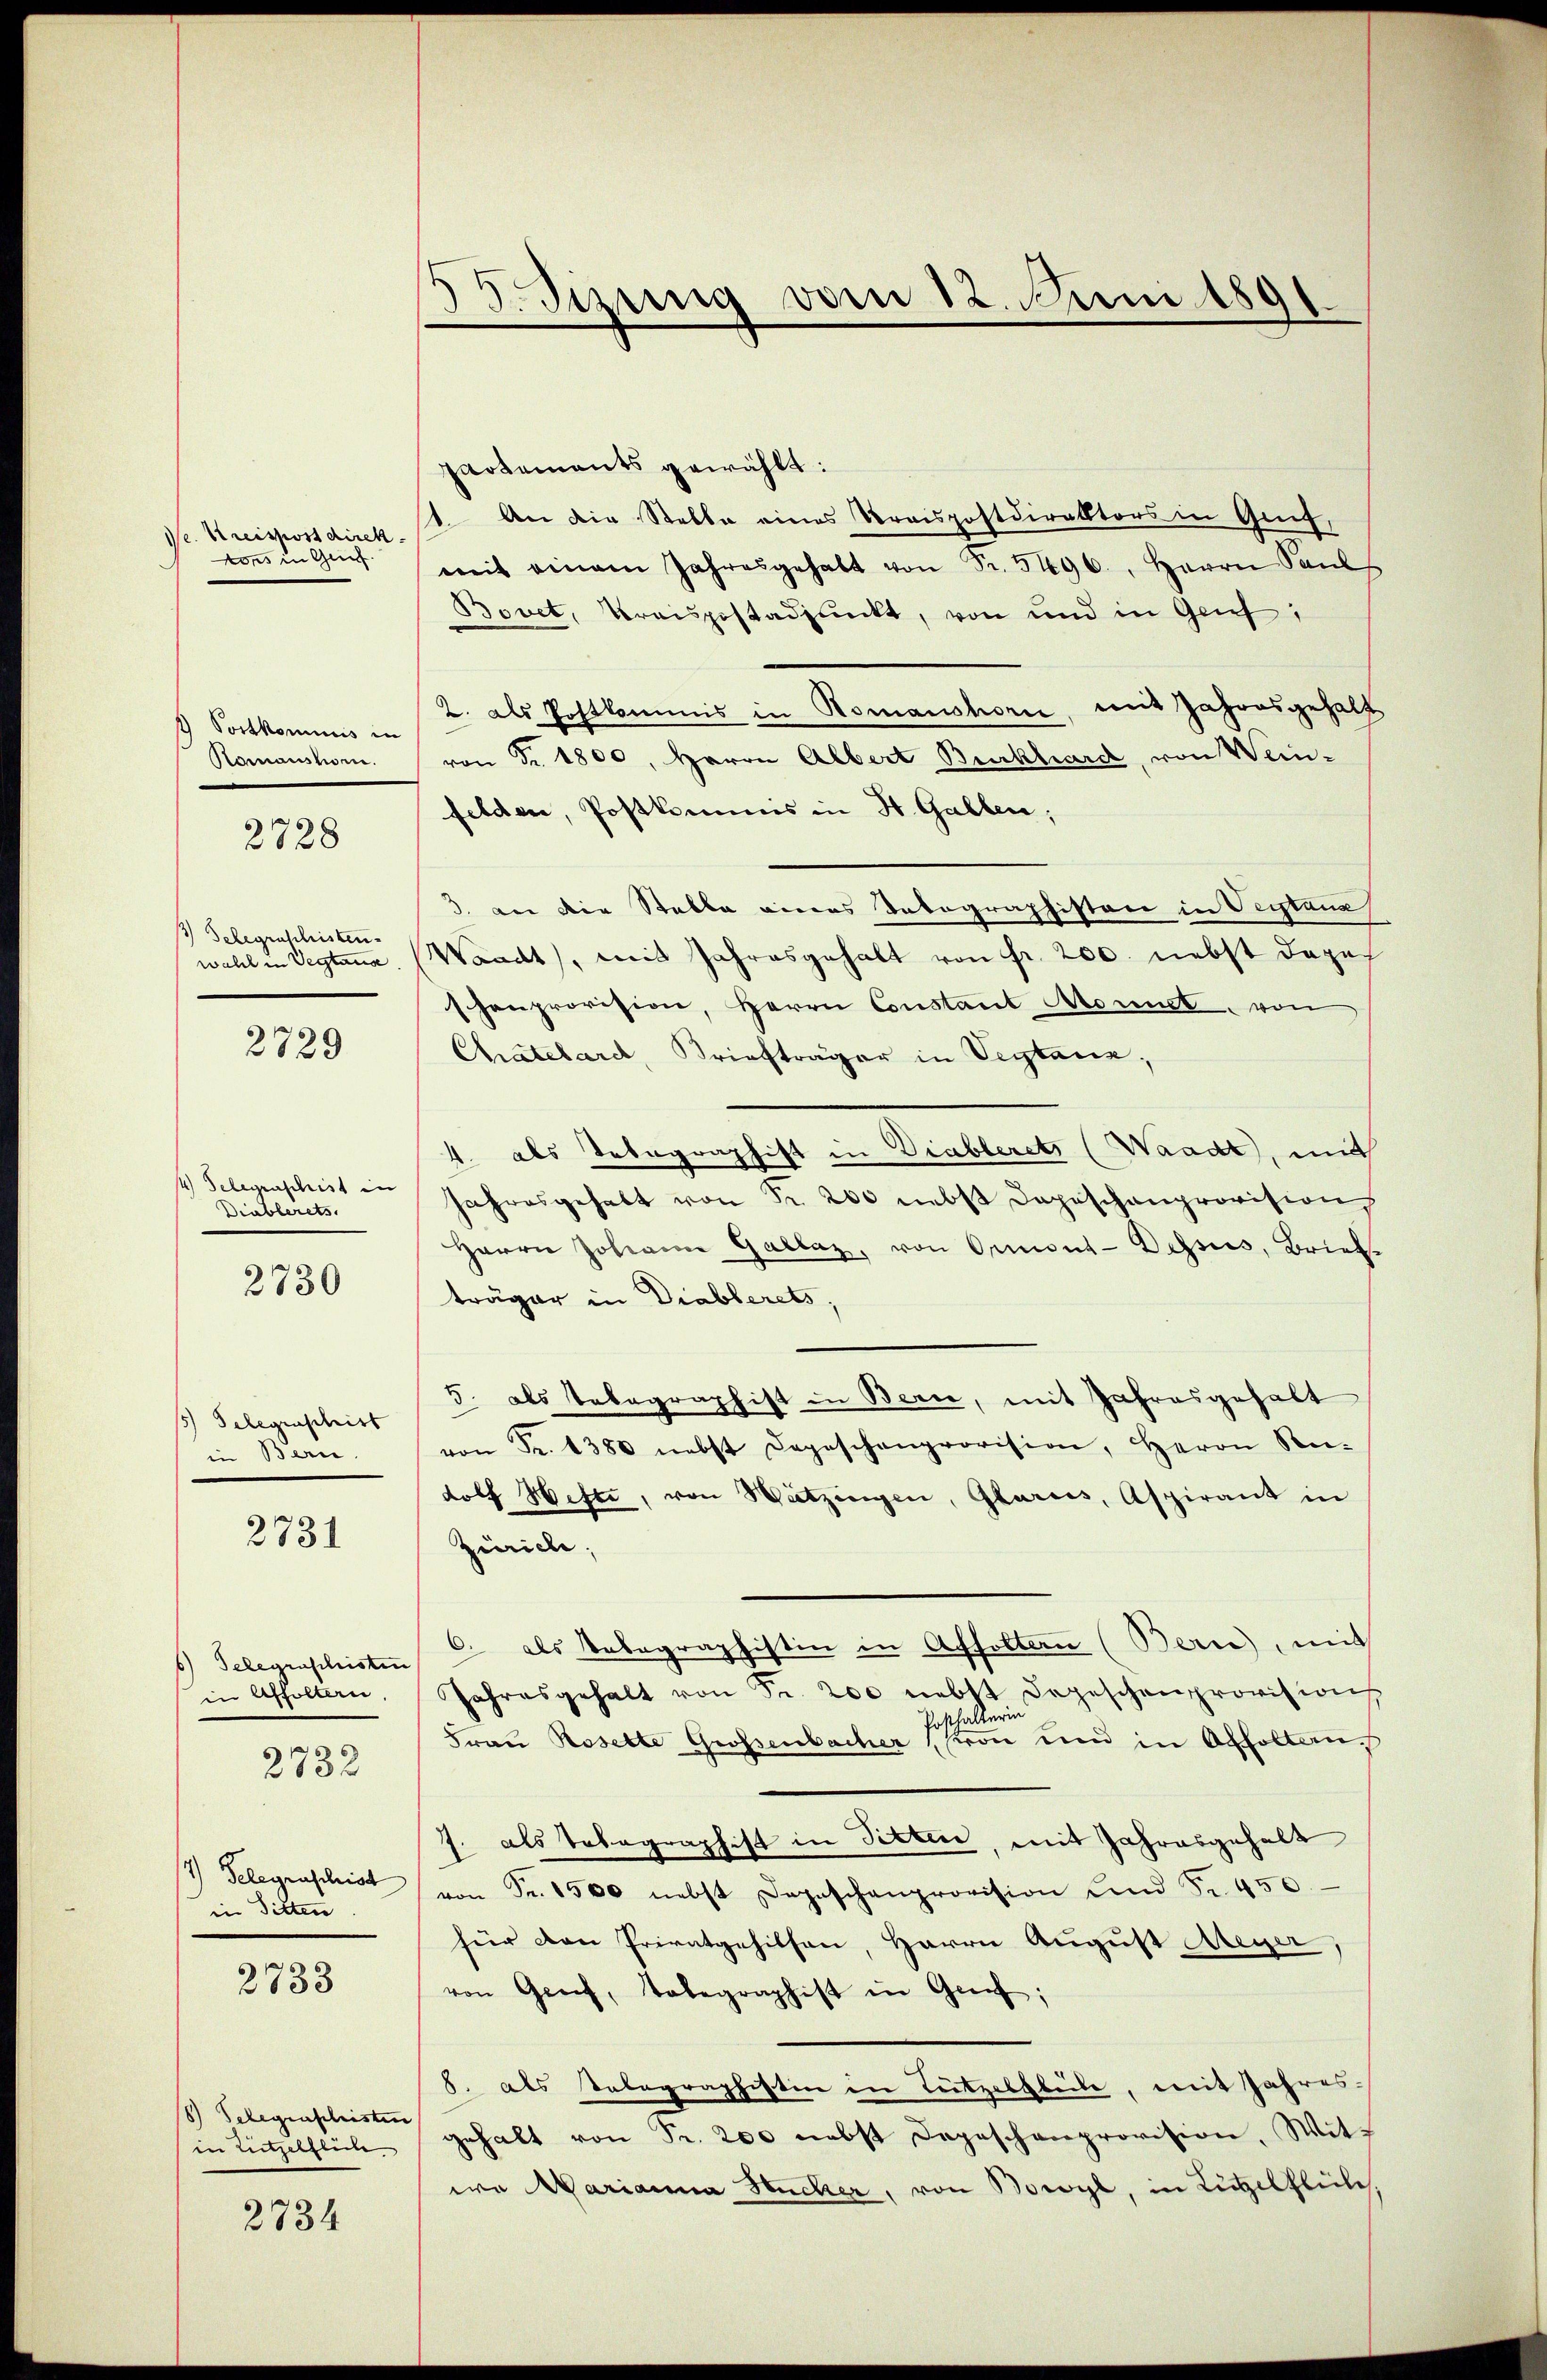
Ve. Kreispostdirekvons in Grief.

1) Portkommis in
Romanstor.
2728

1) Telegraschisten.
wahl in Vegtaua

2729

4) Gelegraschrist in
Diablerets.

2730

15) Gelegenschrist
in Bern.

2731

6) Gelegenschristen
in Affoltern,
2732

1) Gelegenschrist
in Sitten.

2788

8) Telegenstleisten
in Lützelflich

2734

53. Sizung vom 12. Juni 1891

Partements gewählt:
1. An die Stelle eines Kreispostdirektors in Genf,
mit einem Jahresgehabt von Fr. 5496., Herrn Paul
Bovet, Kreisgestadpunkt, von und in Genf,
2. als Postkommis in Romanshorn, mit Jahresgehalt
von Fr. 1800, Herrn Albert Burkhard, von Wein-
felden, Postkommis in St. Gallen;
3. an die Stable eines Tatographiston in Vertana
Waadt, mit Jahresgehalt von fr. 200. nebst dage
shanprovision, Herrn Constant Monnet, von
Chatelard, Briefträger in Septene,
4. als Telegraphist in Diablerets (Waadt, mit
Jahresgehalt von Fr. 200 nebst Depeschenprovision
Herrn Johann Gallaz, von Ormont-dessus, Brief-
träger in Diablerets,
5. als Telegraphist in Bern, mit Jahresgehalt
von Fr. 1380 nebst Depeschenprovision, Herrn Rei-
dolf Hefte, von Watzingen, Glarus, Aspirant in
Zürich;
6. als Telegraphistin in Affolten (Bern, mit
Jahresgehalt von Fr. 200 nebst Depeschenprovision
Posthalterin
Frau Rosette Grossenbacher (von und in Affolten,
J. als Telegraphist in Pitten, mit Jahresgehalt
von Fr. 1500 nebst Depeschenprovision ŭnd Fr. 450.
für den Privatgehilfen, Herrn August Meyer
von Greif, Tobegraphist in Genf;
8. als Telegraphistin in Leitzolbeile, mit Jahresgehalt von Fr. 200 nebst Depeschenprovision, Witwa Marianna Hucker, von Bowyl, in Lützelflühe